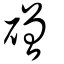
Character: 磳